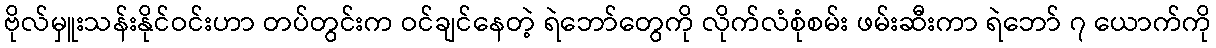
ဗိုလ်မှူးသန်းနိုင်ဝင်းဟာ တပ်တွင်းက ဝင်ချင်နေတဲ့ ရဲဘော်တွေကို လိုက်လံစုံစမ်း ဖမ်းဆီးကာ ရဲဘော် ၇ ယောက်ကို